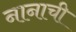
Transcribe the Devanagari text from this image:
नानाची